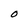
Character: 0